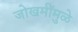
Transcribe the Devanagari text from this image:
जोखमींमुळे